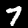
Digit: 7